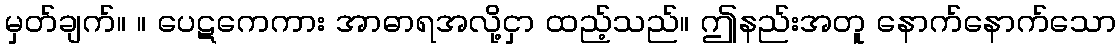
မှတ်ချက်။ ။ ပေဋကေကား အာဓာရအလို့ငှာ ထည့်သည်။ ဤနည်းအတူ နောက်နောက်သော